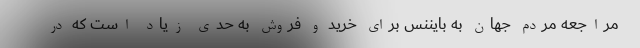
مراجعه مردم جهان به بایننس برای خرید و فروش به حدی زیاد است که در